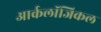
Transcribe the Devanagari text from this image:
आर्कलॉजिकल